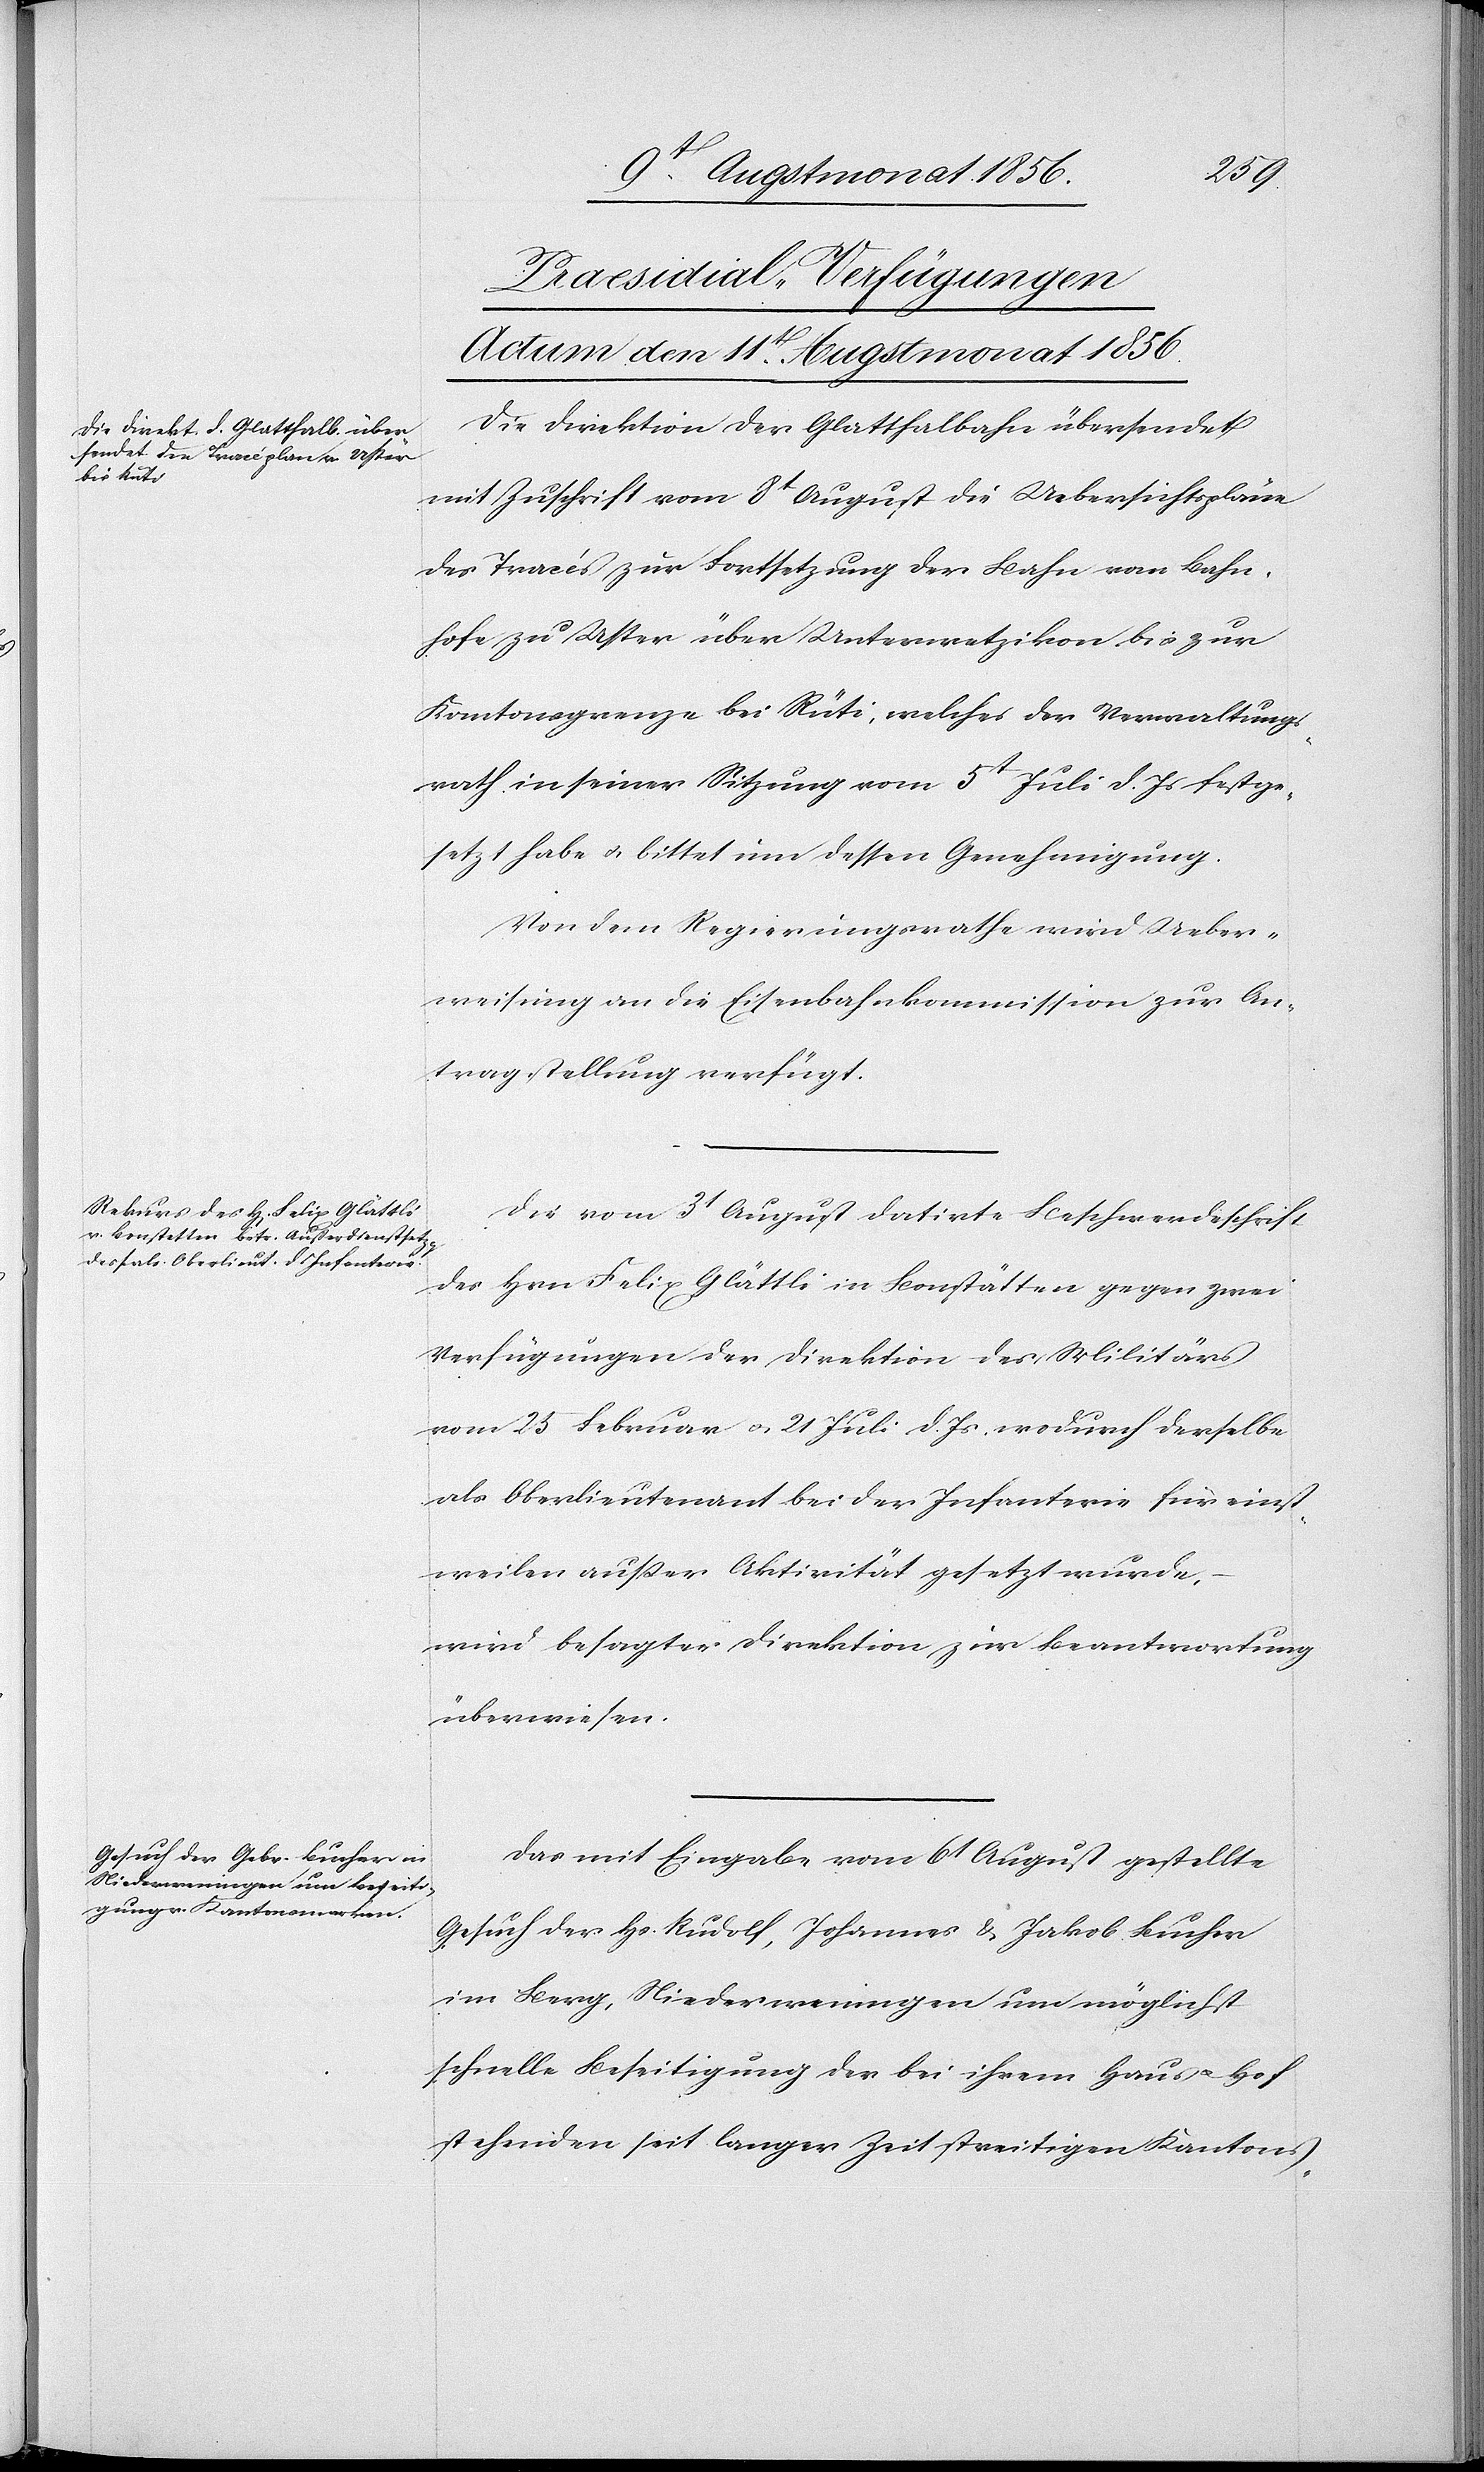
[Praesidial-Verfügungen
Actum den 11t Augstmonat 1856.]
Die Direktion der Glatthalbahn übersendet
mit Zuschrift vom 8t August die Uebersichtspläne
des Tracés zur Fortsetzung der Bahn vom Bahn¬
hofe zu Uster über Unterwetzikon bis zur
Kantonsgrenze bei Rüti, welches der Verwaltungs¬
rath in seiner Sitzung vom 5t Juli d. Js festge¬
setzt habe u. bittet um dessen Genehmigung.
Von dem Regierungsrathe wird Ueber¬
weisung an die Eisenbahnkommission zur An¬
tragstellung verfügt.
Die vom 3t August datirte Beschwerdeschrift
des Hrn Felix Glättli in Bonstätten [sic!] gegen zwei
Verfügungen der Direktion des Militärs
vom 25 Februar u. 21 Juli d. Js. wodurch derselbe
als Oberlieutenant bei der Infanterie für einst¬
weilen ausser Aktivität gesetzt wurde,
wird besagter Direktion zur Beantwortung
überwiesen.
Das mit Eingabe vom 6t August gestellte
Gesuch der Hs. Rudolf, Johannes & Jakob Bucher
im Berg, Niederweningen um möglichst
schnelle Beseitigung der bei ihrem Haus u. Hof
stehenden seit langer Zeit streitigen Kantons-